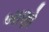
બાણો